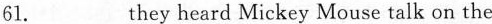
61.___ they heard Mickey Mouse talk on the